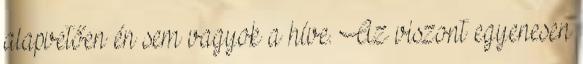
alapvetően én sem vagyok a híve. Az viszont egyenesen